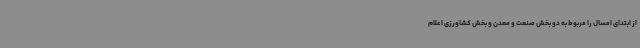
از ابتدای امسال را مربوط به دو بخش صنعت و معدن و بخش کشاورزی اعلام